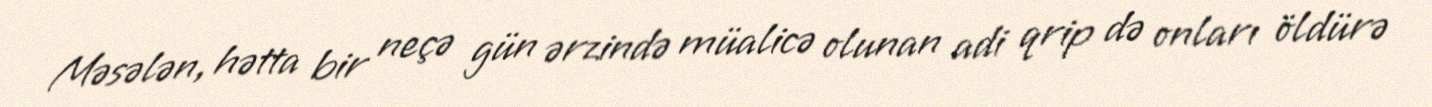
Məsələn, hətta bir neçə gün ərzində müalicə olunan adi qrip də onları öldürə